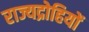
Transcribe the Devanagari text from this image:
राज्यद्रोहियों